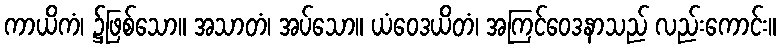
ကာယိကံ၊ ၌ဖြစ်သော။ အသာတံ၊ အပ်သော။ ယံဝေဒယိတံ၊ အကြင်ဝေဒနာသည် လည်းကောင်း။